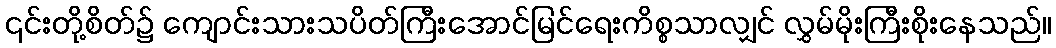
၎င်းတို့စိတ်၌ ကျောင်းသားသပိတ်ကြီးအောင်မြင်ရေးကိစ္စသာလျှင် လွှမ်မိုးကြီးစိုးနေသည်။